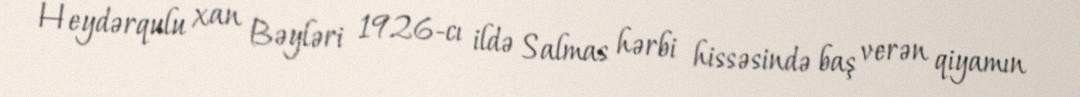
Heydərqulu xan Bəyləri 1926-cı ildə Salmas hərbi hissəsində baş verən qiyamın